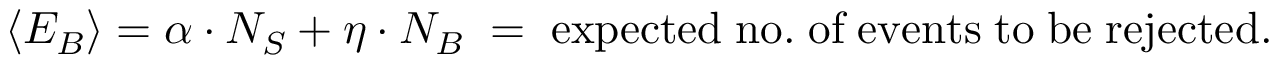
\left< E _ { B } \right> = \alpha \cdot N _ { S } + \eta \cdot N _ { B } \; = \; \mathrm { e x p e c t e d \; n o . \; o f \; e v e n t s \; t o \; b e \; r e j e c t e d } .